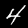
Digit: 4